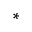
^ \ast